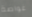
غواصة